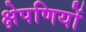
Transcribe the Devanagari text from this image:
क्षेपणियों